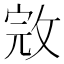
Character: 𢽉